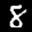
Label: 8